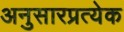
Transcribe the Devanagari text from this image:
अनुसारप्रत्येक